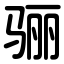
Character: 骊